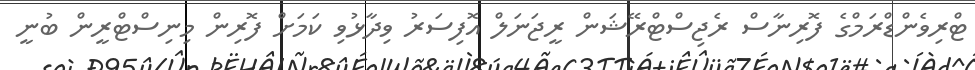
ޓްރިވެންޑްރަމްގެ ފޮރިނާސް ރެޖިސްޓްރޭޝަން ރީޖަނަލް އޮފިސަރު ވިދާޅުވި ކަމަށް ފޮރިން މިނިސްޓްރީން ބުނީ